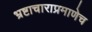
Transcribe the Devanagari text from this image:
भ्रष्टाचाराप्रमाणेच